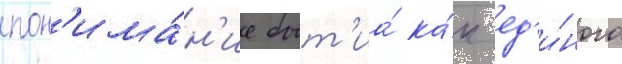
пон'има́н'ие быт'иа́ ка́к ед'и́ного